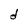
Character: d